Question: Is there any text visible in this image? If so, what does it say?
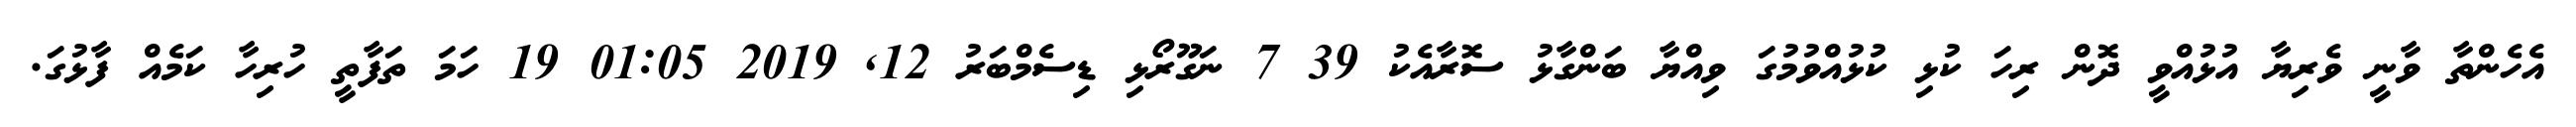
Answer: އެހެންތާ ވާނީ ވެރިޔާ އުޅުއްވީ ދޮން ރިހަ ކުޅި ކުޅުއްވުމުގަ ވިއްޔާ ބަންގާޅު ސޮރާއެކު 39 7 ނަގޫރޯޅި ޑިސެމްބަރު 12, 2019 01:05 19 ހަމަ ތަފާތީ ހުރިހާ ކަމެއް ފާޅުގަ.